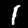
Label: 1